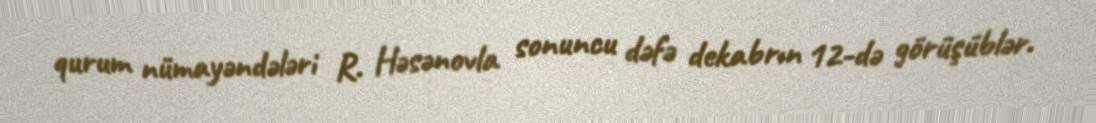
qurum nümayəndələri R. Həsənovla sonuncu dəfə dekabrın 12-də görüşüblər.